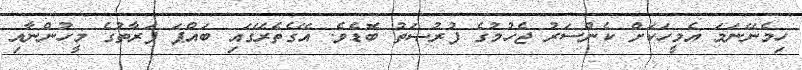
ހިމެނޭނަމަ އެމީހަކަށް ކެންސަރު ޖެހުމުގެ ފުރުޞަތު ބޮޑެވެ. އޭގެތެރޭގައި ބައްޕަ ފަރާތުގެ މީހުންނާއި